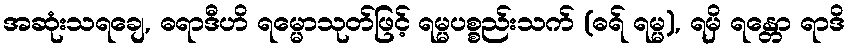
အဆုံးသရချေ, ဓရာဒီဟိ ရမ္မောသုတ်ဖြင့် ရမ္မပစ္စည်းသက် (ဓရ် ရမ္မ), ရမှိ ရန္တော ရာဒိ